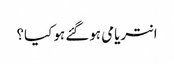
انتریامی ہوگئے ہو کیا؟